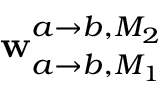
\mathbf { w } _ { a \rightarrow b , M _ { 1 } } ^ { a \rightarrow b , M _ { 2 } }